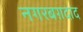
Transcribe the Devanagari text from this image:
नगरबग़दाद